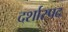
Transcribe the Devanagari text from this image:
दर्शास्पद